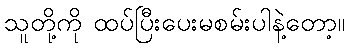
သူတို့ကို ထပ်ပြီးပေးမစမ်းပါနဲ့တော့။